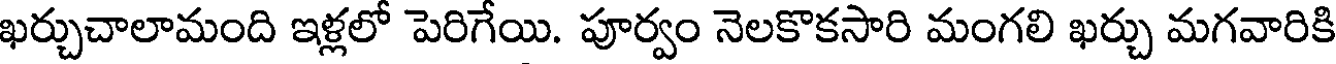
ఖర్చుచాలామంది ఇళ్లలో పెరిగేయి. పూర్వం నెలకొకసారి మంగలి ఖర్చు మగవారికి